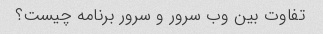
تفاوت بین وب سرور و سرور برنامه چیست؟